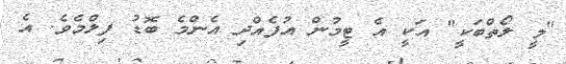
"މީ ލޯތްބަކީ" އަކީ އެ ޓީމުން އުފެއްދި އެންމެ ބޮޑު ފިލްމެވެ. އެ